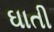
ઘાતી